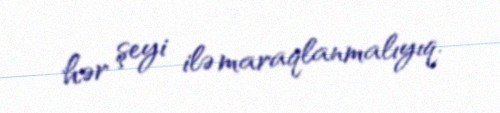
hər şeyi ilə maraqlanmalıyıq.